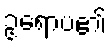
ဥရောပ၏